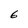
Character: 6